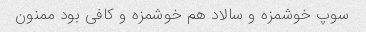
سوپ خوشمزه و سالاد هم خوشمزه و کافی بود ممنون